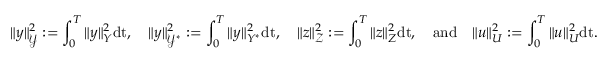
\| y \| _ { \mathcal { Y } } ^ { 2 } : = \int _ { 0 } ^ { T } \| y \| _ { Y } ^ { 2 } \mathrm { d t } , \quad \| y \| _ { \mathcal { Y } ^ { * } } ^ { 2 } : = \int _ { 0 } ^ { T } \| y \| _ { Y ^ { * } } ^ { 2 } \mathrm { d t } , \quad \| z \| _ { \mathcal { Z } } ^ { 2 } : = \int _ { 0 } ^ { T } \| z \| _ { Z } ^ { 2 } \mathrm { d t } , \quad \mathrm { a n d } \quad \| u \| _ { U } ^ { 2 } : = \int _ { 0 } ^ { T } \| u \| _ { U } ^ { 2 } \mathrm { d t } .